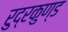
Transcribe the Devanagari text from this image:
रुद्रकुण्ड